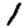
Digit: 1